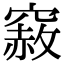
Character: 𥨅